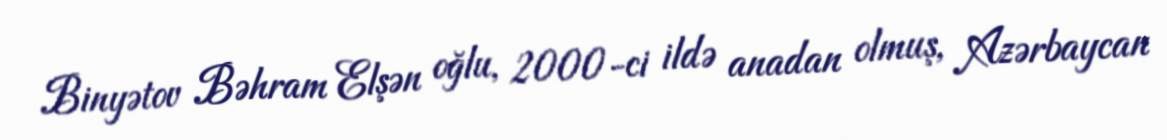
Binyətov Bəhram Elşən oğlu, 2000-ci ildə anadan olmuş, Azərbaycan